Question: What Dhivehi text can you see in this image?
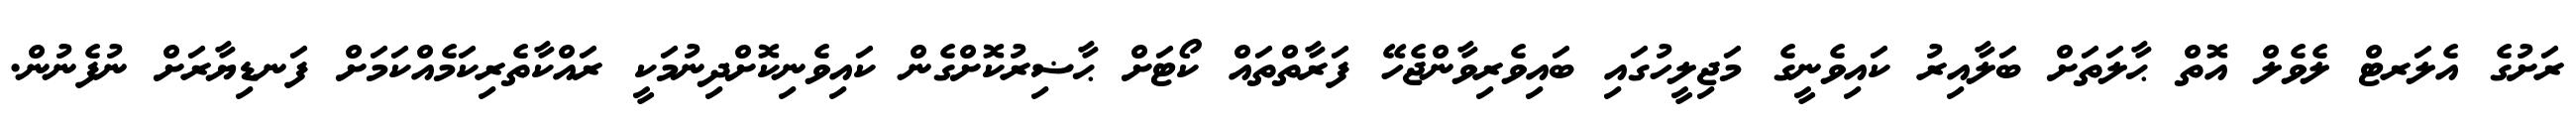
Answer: ރަށުގެ އެލަރޓް ލެވެލް އޮތް ޙާލަތަށް ބަލާއިރު ކައިވެނީގެ މަޖިލީހުގައި ބައިވެރިވާންޖެހޭ ފަރާތްތައް ކޯޓަށް ޙާޟިރުކޮށްގެން ކައިވެނިކޮށްދިނުމަކީ ރައްކާތެރިކަމެއްކަމަށް ފަނޑިޔާރަށް ނުފެނުން.